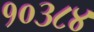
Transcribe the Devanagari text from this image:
१०३८४